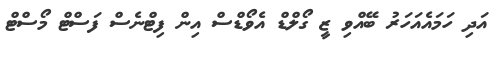
އަދި ހަމައެއަހަރު ބޭއްވި ޒީ ގޯލްޑް އެވޯޑްސް އިން ފިޓްނެސް ފަސްޓް މޯސްޓް